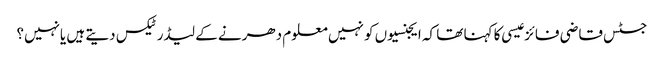
جسٹس قاضی فائز عیسی کا کہنا تھا کہ ایجنسیوں کو نہیں معلوم دھرنے کے لیڈرٹیکس دیتے ہیں یانہیں؟